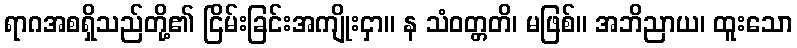
ရာဂအစရှိသည်တို့၏ ငြိမ်းခြင်းအကျိုးငှာ။ န သံဝတ္တတိ၊ မဖြစ်။ အဘိညာယ၊ ထူးသော